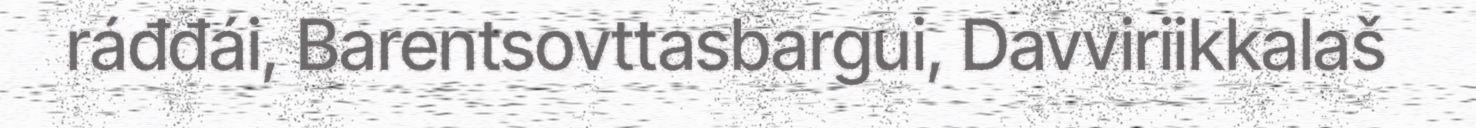
ráđđái, Barentsovttasbargui, Davviriikkalaš